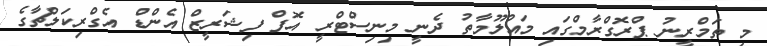
މި ތަމްރީނު ޕްރޮގްރާމްގައި މައުލޫމާތު ދެނީ މިނިސްޓްރީ އޮފް ފިޝަރީޒް އެންޑް އެގްރިކަލްޗާގެ